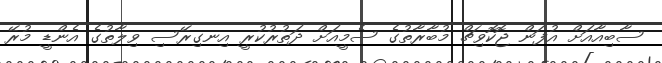
ސާބިއާއަށް އުފަން ޖޮކޮވިޗް މުބާރާތުގެ ސެމީއަށް ދަތުރުކުރީ އިނގިރޭސި ވިލާތުގެ އެންޑީ މުރޭ